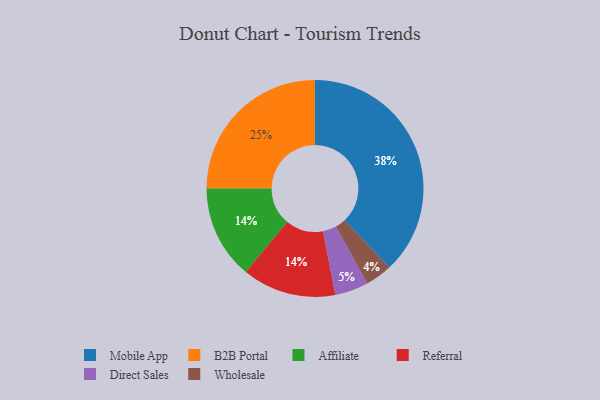
{"axis": {"x": "Category", "y": "Percentage"}, "legend": ["Affiliate", "B2B Portal", "Direct Sales", "Mobile App", "Referral", "Wholesale"], "data": [{"x": "Wholesale", "y": 4, "type": "Wholesale"}, {"x": "Affiliate", "y": 14, "type": "Affiliate"}, {"x": "B2B Portal", "y": 25, "type": "B2B Portal"}, {"x": "Mobile App", "y": 38, "type": "Mobile App"}, {"x": "Referral", "y": 14, "type": "Referral"}, {"x": "Direct Sales", "y": 5, "type": "Direct Sales"}]}